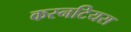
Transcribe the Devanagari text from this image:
कस्नटियस